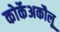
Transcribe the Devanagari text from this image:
कोर्केअकौलू